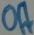
Text: Off